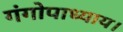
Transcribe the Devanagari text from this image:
गंगोपाध्याय।